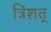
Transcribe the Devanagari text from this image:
त्रिंशत्